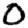
Digit: 0